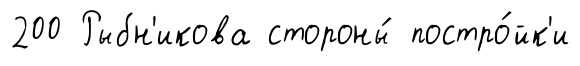
200 Рыбн'икова стороны́ постро́йк'и